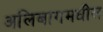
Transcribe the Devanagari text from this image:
अलिबागमधील